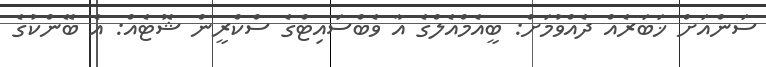
ސަންއަށް ޚަބަރެއް ދެއްވުމަށް: ބީއެމްއެލްގެ އާ ވެބްސައިޓްގެ ސްކްރީން ޝޮޓެއް: އެ ބޭންކުގެ